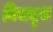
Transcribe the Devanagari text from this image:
विसदृश